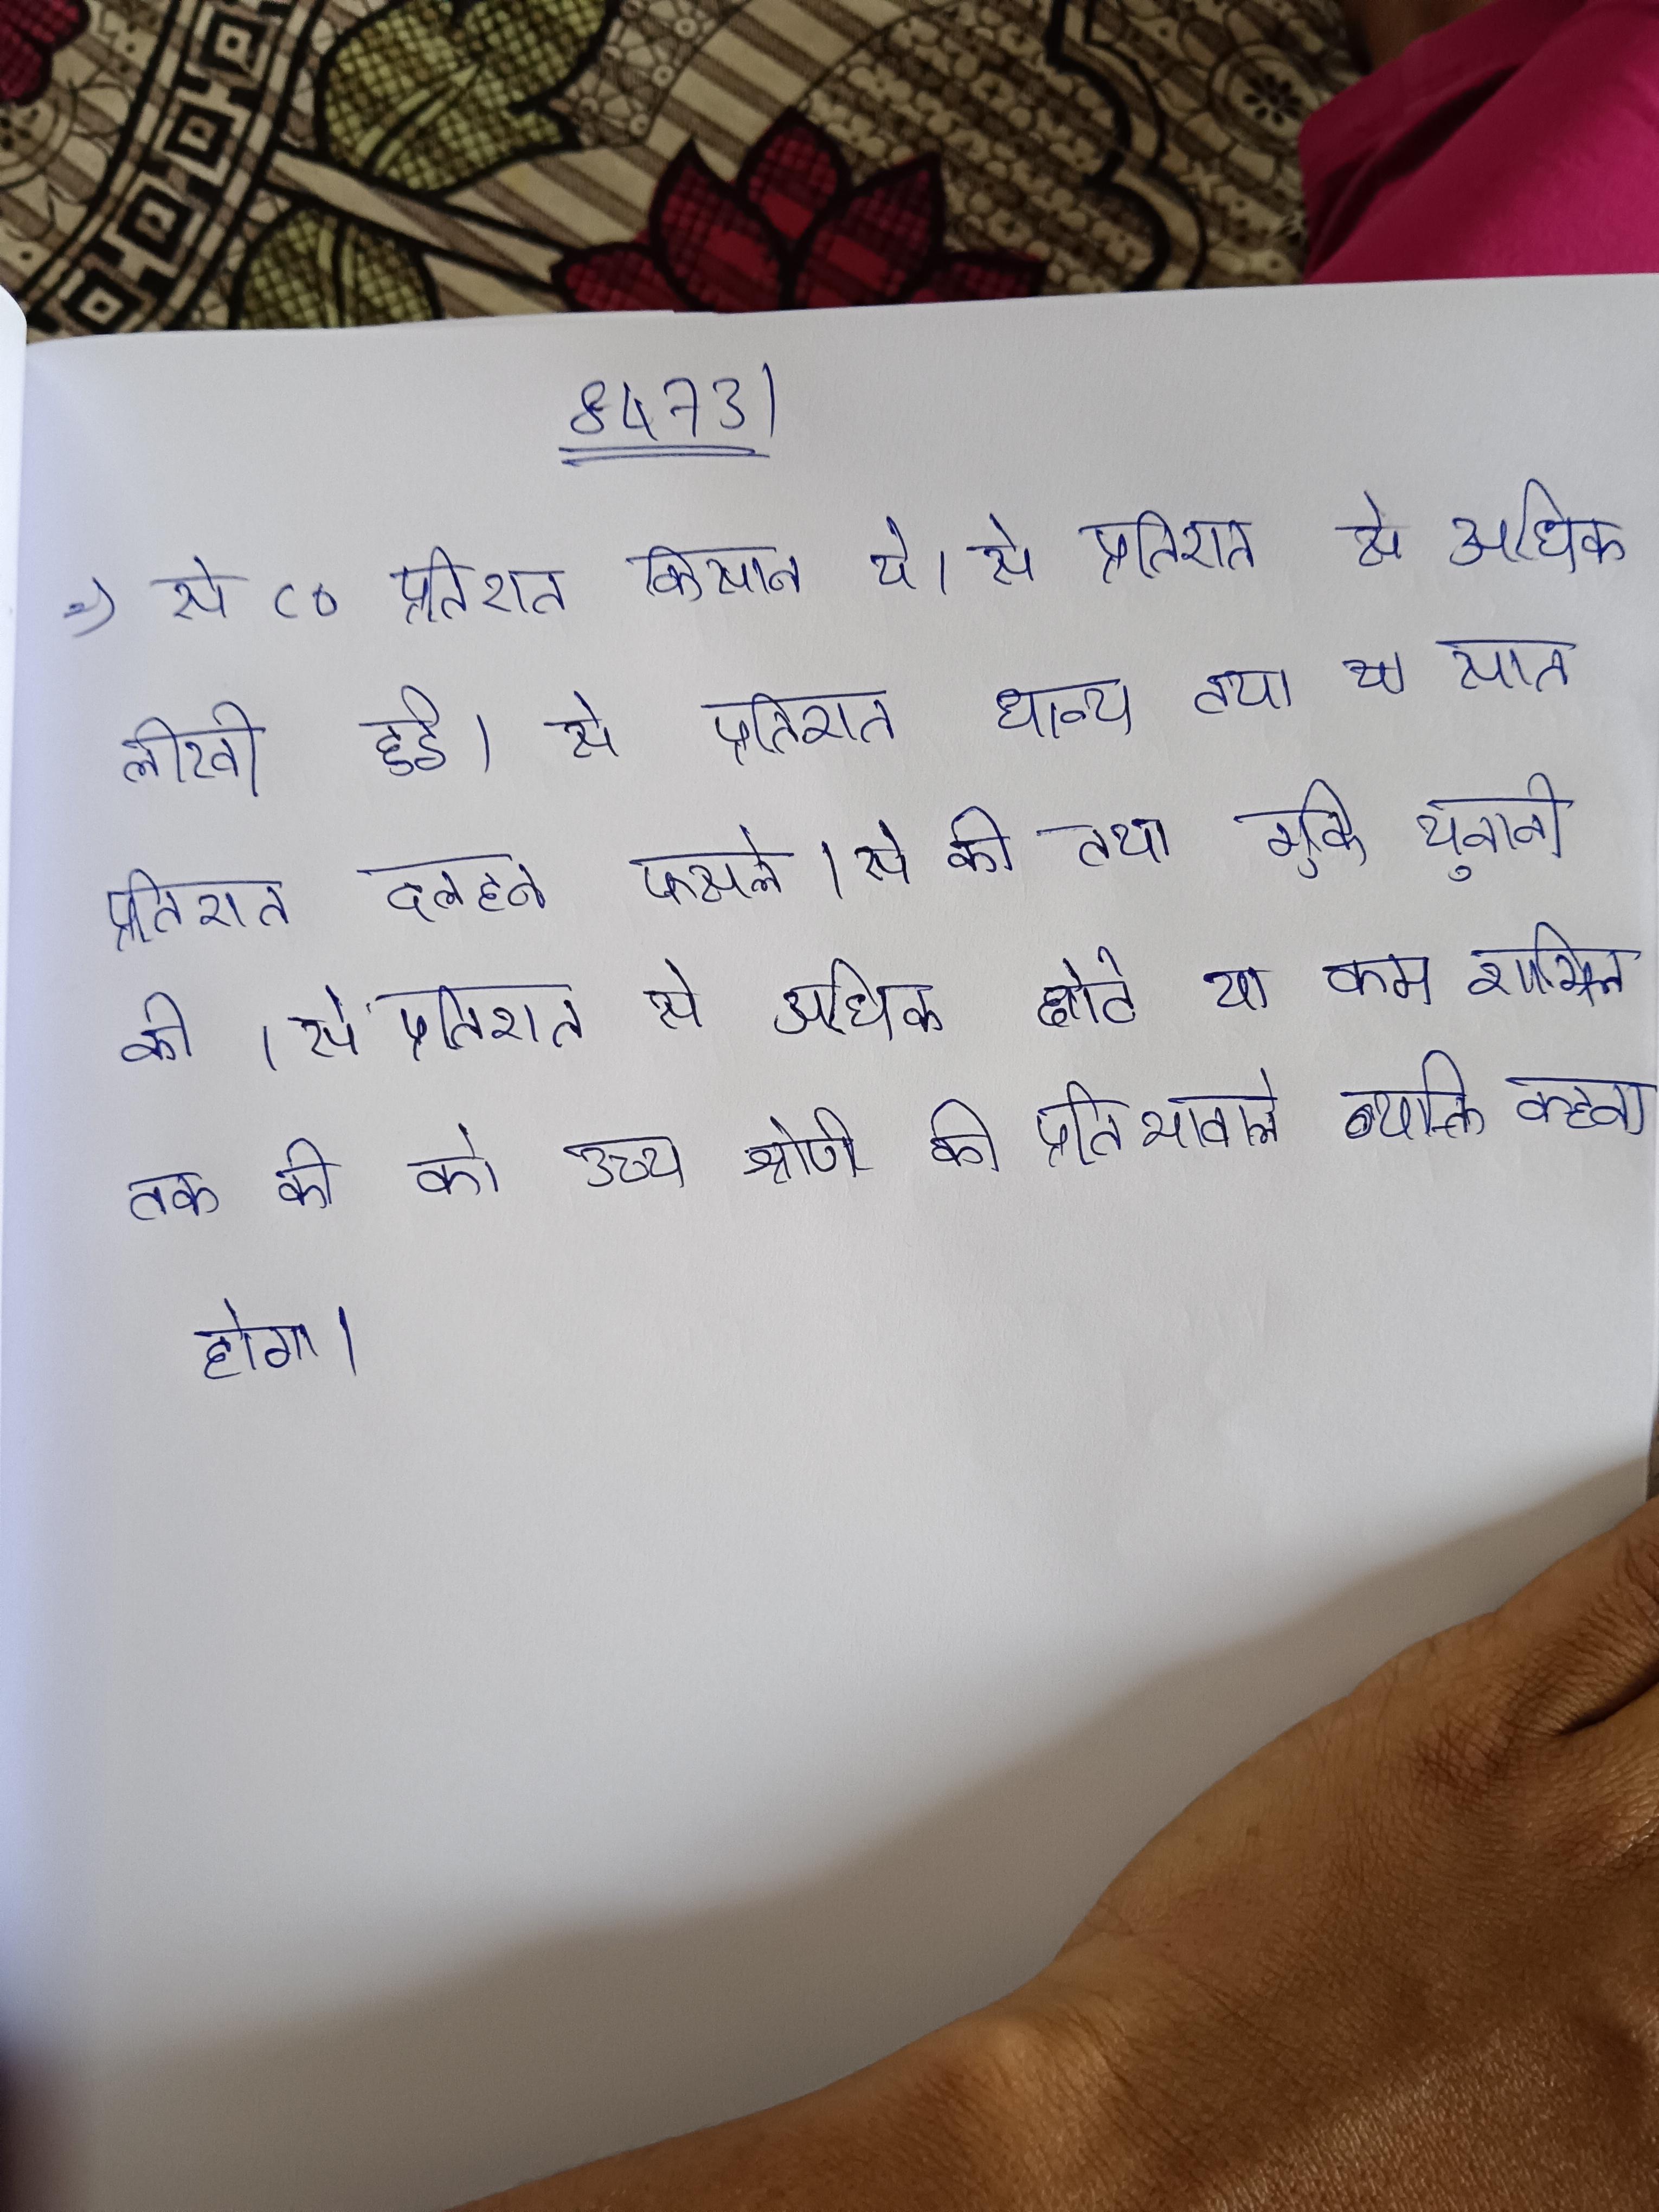
से ८० प्रतिशत किसान थे । से प्रतिशत से अधिक लिखी हुई । से प्रतिशत धान्य तथा या सात प्रतिशत दलहन फसले । से की तथा ग्रीक व यूनानी की । से प्रतिशत से अधिक छोटे या कम शामिल । से से तक की को साधारण, से कम को निम्न और तक की को उच्च श्रेणी की प्रतिभावाले व्यक्ति कहना होगा ।